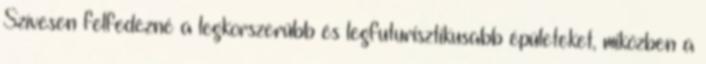
Szívesen felfedezné a legkorszerűbb és legfuturisztikusabb épületeket, miközben a